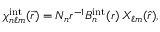
\chi _ { n \ell m } ^ { \mathrm { i n t } } ( \vec { r } ) = N _ { n } r ^ { - 1 } B _ { n } ^ { \mathrm { i n t } } ( r ) \, X _ { \ell m } ( \hat { r } ) ,